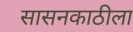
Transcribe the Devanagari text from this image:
सासनकाठीला